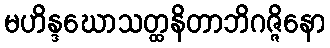
မဟိန္ဒဃောသတ္ထနိတာဘိဂဇ္ဇိနော